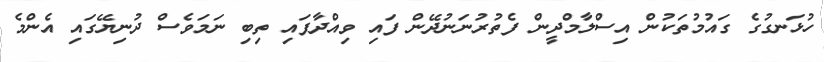
ހުޅަނގުގެ ގައުމުތަކުން އިސްލާމްދީން ފެތުރުނަނުދޭން ފައި ވިއްދާފައި ތިބި ނަމަވެސް ދުނިޔޭގައި އެންމެ